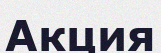
Акция